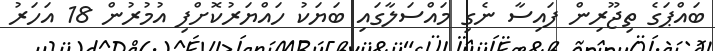
ބައްޕަގެ ތިޖޫރިން ފައިސާ ނެގި މައްސަލާގައި ބަޔަކު ހައްޔަރުކޮށްފި އުމުރުން 18 އަހަރު